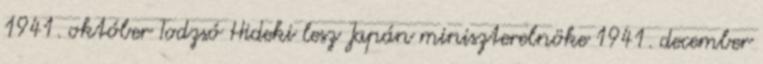
1941. október Todzsó Hideki lesz Japán miniszterelnöke 1941. december